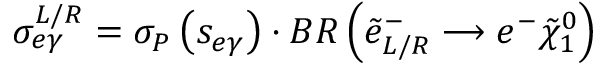
\sigma _ { e \gamma } ^ { L / R } = \sigma _ { P } \left( s _ { e \gamma } \right) \cdot B R \left( \tilde { e } _ { L / R } ^ { - } \longrightarrow e ^ { - } \tilde { \chi } _ { 1 } ^ { 0 } \right)